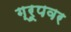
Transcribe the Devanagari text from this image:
ग्रूपवर